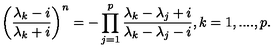
\left( \frac { \lambda _ { k } - i } { \lambda _ { k } + i } \right) ^ { n } = - \prod _ { j = 1 } ^ { p } \frac { \lambda _ { k } - \lambda _ { j } + i } { \lambda _ { k } - \lambda _ { j } - i } , k = 1 , . . . . , p .